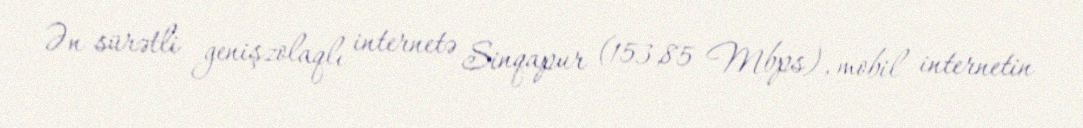
Ən sürətli genişzolaqlı internetə Sinqapur (153,85 Mbps), mobil internetin